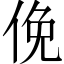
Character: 俛